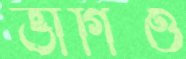
ভাগিও